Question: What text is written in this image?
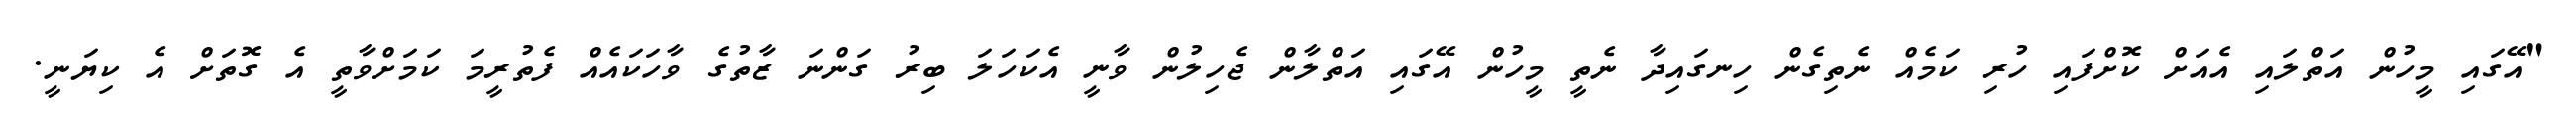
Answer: "އޭގައި މީހުން އަތްލައި އެއަށް ކޮށްފައި ހުރި ކަމެއް ނެތިގެން ހިނގައިދާ ނެތީ މީހުން އޭގައި އަތްލާން ޖެހިލުން ވާނީ އެކަހަލަ ބިރު ގަންނަ ޒާތުގެ ވާހަކައެއް ފެތުރީމަ ކަމަށްވާތީ އެ ގޮތަށް އެ ކިޔަނީ.